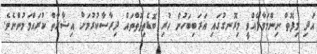
އަދި މިފޮތް ނިންމަވާލެއްވީ މިރޮނގުގައި އަރަބިބަހުން ހުރި ބޮޑެތިފޮތްތައް ދިރާސާކުރުމަށް އިޝާރާތް ކުރައްވަމުންނެވެ.